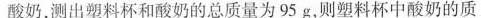
酸奶，测出塑料杯和酸奶的总质量为95g，则塑料杯中酸奶的质